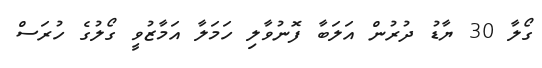
ގޯލާ 30 ޔާޑު ދުރުން އަލަބާ ފޮނުވާލި ހަމަލާ އަމާޒުވީ ގޯލުގެ ހުރަސް